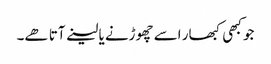
جو کبھی کبھار اسے چھوڑنے یا لینے آتا ھے۔